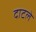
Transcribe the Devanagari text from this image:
दाटले